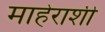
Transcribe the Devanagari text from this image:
माहेराशी